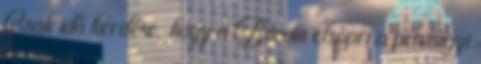
Csak idő kérdése, hogy a Bitcoin elsöpri a pénzügyi